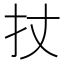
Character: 扙